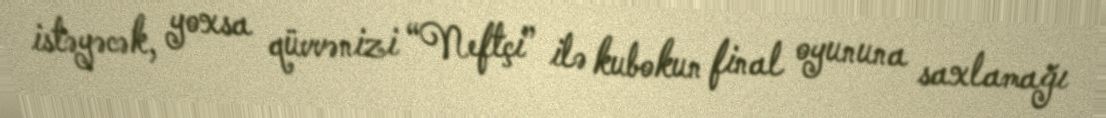
istəyəcək, yoxsa qüvvənizi “Neftçi” ilə kubokun final oyununa saxlamağı